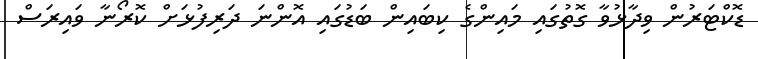
ޑޮކްޓަރުން ވިދާޅުވާ ގޮތުގައި މައިންގެ ކިބައިން ބަޑުގައި އޮންނަ ދަރިފުޅަށް ކޮރޯނާ ވައިރަސް